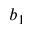
b _ { 1 }